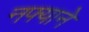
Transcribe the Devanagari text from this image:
नफ्याने